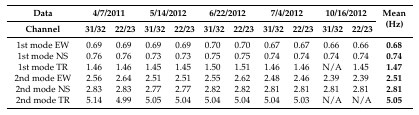
<table><thead><tr><td><b>Data</b></td><td colspan="2"><b>4/7/2011</b></td><td colspan="2"><b>5/14/2012</b></td><td colspan="2"><b>6/22/2012</b></td><td colspan="2"><b>7/4/2012</b></td><td colspan="2"><b>10/16/2012</b></td><td rowspan="2"><b>Mean (Hz)</b></td></tr><tr><td><b>Channel</b></td><td><b>31/32</b></td><td><b>22/23</b></td><td><b>31/32</b></td><td><b>22/23</b></td><td><b>31/32</b></td><td><b>22/23</b></td><td><b>31/32</b></td><td><b>22/23</b></td><td><b>31/32</b></td><td><b>22/23</b></td></tr></thead><tbody><tr><td>1st mode EW</td><td>0.69</td><td>0.69</td><td>0.69</td><td>0.69</td><td>0.70</td><td>0.70</td><td>0.67</td><td>0.67</td><td>0.66</td><td>0.66</td><td><b>0.68</b></td></tr><tr><td>1st mode NS</td><td>0.76</td><td>0.76</td><td>0.73</td><td>0.73</td><td>0.75</td><td>0.75</td><td>0.74</td><td>0.74</td><td>0.74</td><td>0.74</td><td><b>0.74</b></td></tr><tr><td>1st mode TR</td><td>1.46</td><td>1.46</td><td>1.45</td><td>1.45</td><td>1.50</td><td>1.51</td><td>1.46</td><td>1.46</td><td>N/A</td><td>1.45</td><td><b>1.47</b></td></tr><tr><td>2nd mode EW</td><td>2.56</td><td>2.64</td><td>2.51</td><td>2.51</td><td>2.55</td><td>2.62</td><td>2.48</td><td>2.46</td><td>2.39</td><td>2.39</td><td><b>2.51</b></td></tr><tr><td>2nd mode NS</td><td>2.83</td><td>2.83</td><td>2.77</td><td>2.77</td><td>2.82</td><td>2.82</td><td>2.81</td><td>2.81</td><td>2.81</td><td>2.81</td><td><b>2.81</b></td></tr><tr><td>2nd mode TR</td><td>5.14</td><td>4.99</td><td>5.05</td><td>5.04</td><td>5.04</td><td>5.04</td><td>5.04</td><td>5.03</td><td>N/A</td><td>N/A</td><td><b>5.05</b></td></tr></tbody></table>